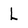
Character: L